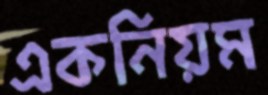
একনিয়ম